Report of the King Institute of Preventive Medicine, Guindy
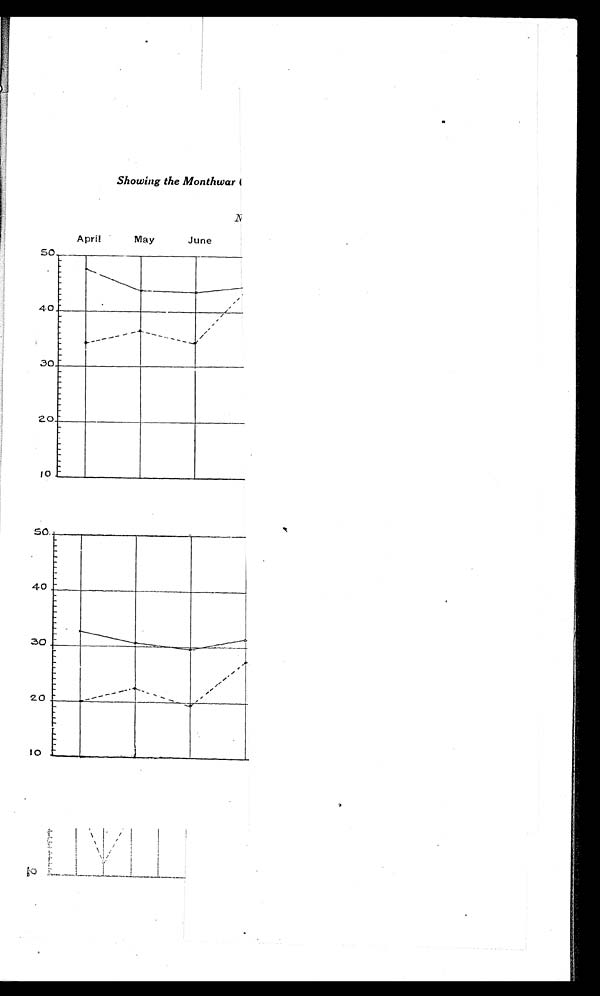
Showing the Monthwar t